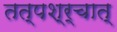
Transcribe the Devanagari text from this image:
तत्पश्र्चात्